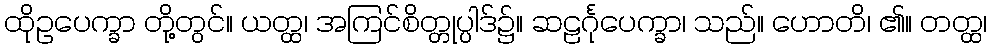
ထိုဥပေက္ခာ တို့တွင်။ ယတ္ထ၊ အကြင်စိတ္တုပ္ပါဒ်၌။ ဆဠင်္ဂုပေက္ခာ၊ သည်။ ဟောတိ၊ ၏။ တတ္ထ၊